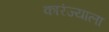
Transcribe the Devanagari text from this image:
कारंज्याला